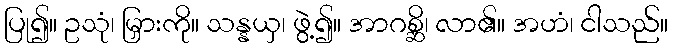
ပြု၍။ ဥသုံ၊ မြှားကို။ သန္နယှ၊ ဖွဲ့၍။ အာဂစ္ဆိ၊ လာ၏။ အဟံ၊ ငါသည်။